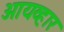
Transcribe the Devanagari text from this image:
आयव्हार